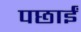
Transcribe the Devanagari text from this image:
पछाईं